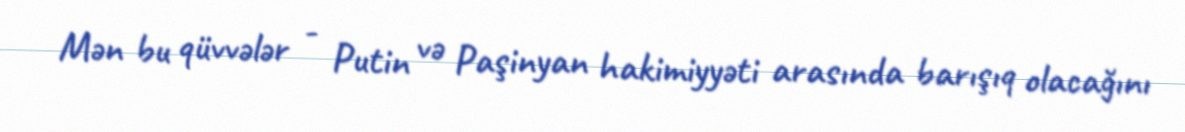
Mən bu qüvvələr - Putin və Paşinyan hakimiyyəti arasında barışıq olacağını